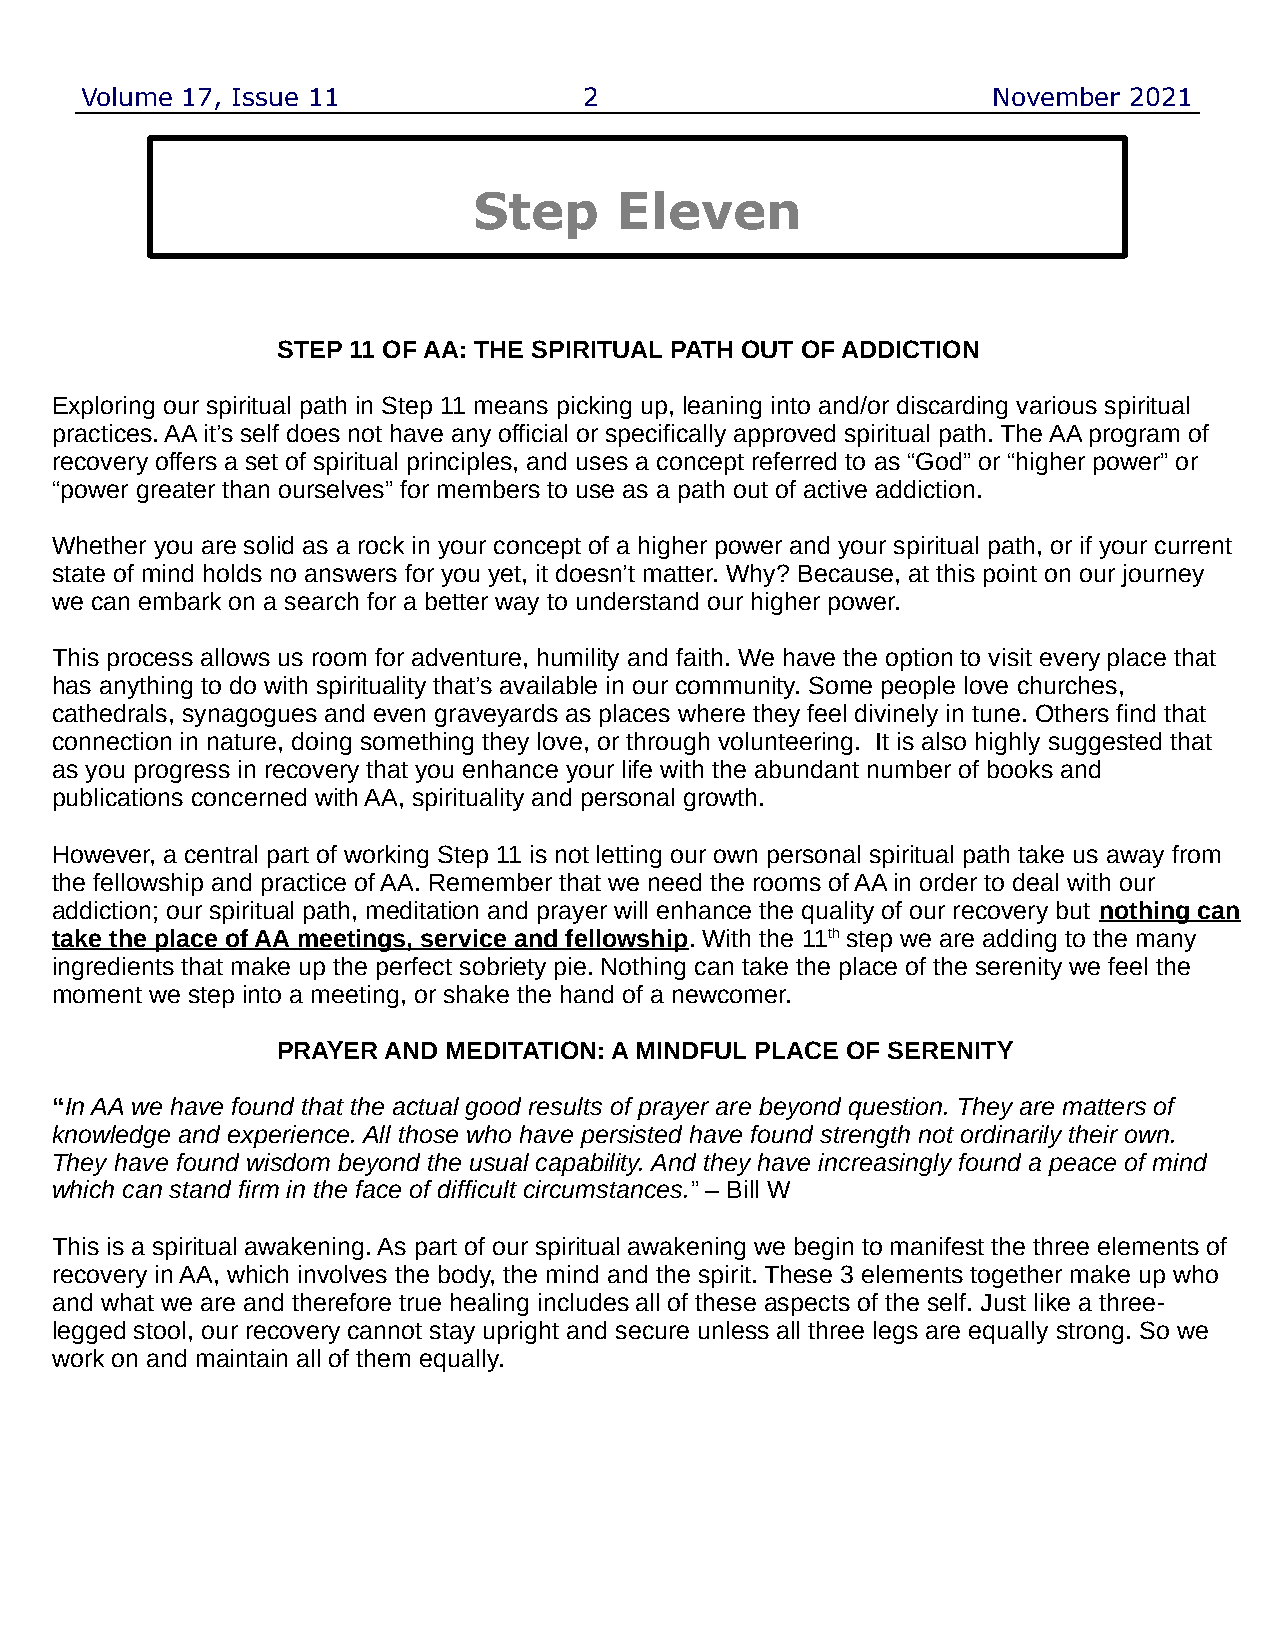
Volume 17, Issue 11               2                          November 2021
 Step      Eleven
 STEP 11 OF AA: THE SPIRITUAL PATH OUT OF ADDICTION
 Exploring our spiritual path in Step 11 means picking up, leaning into and/or discarding various spiritual
 practices. AA it’s self does not have any official or specifically approved spiritual path. The AA program of
 recovery offers a set of spiritual principles, and uses a concept referred to as “God” or “higher power” or
 “power greater than ourselves” for members to use as a path out of active addiction.
 Whether you are solid as a rock in your concept of a higher power and your spiritual path, or if your current
 state of mind holds no answers for you yet, it doesn’t matter. Why? Because, at this point on our journey
 we can embark on a search for a better way to understand our higher power.
 This process allows us room for adventure, humility and faith. We have the option to visit every place that
 has anything to do with spirituality that’s available in our community. Some people love churches,
 cathedrals, synagogues and even graveyards as places where they feel divinely in tune. Others find that
 connection in nature, doing something they love, or through volunteering. It is also highly suggested that
 as you progress in recovery that you enhance your life with the abundant number of books and
 publications concerned with AA, spirituality and personal growth.
 However, a central part of working Step 11 is not letting our own personal spiritual path take us away from
 the fellowship and practice of AA. Remember that we need the rooms of AA in order to deal with our
 addiction; our spiritual path, meditation and prayer will enhance the quality of our recovery but nothing can
 take the place of AA meetings, service and fellowship. With the 11th step we are adding to the many
 ingredients that make up the perfect sobriety pie. Nothing can take the place of the serenity we feel the
 moment we step into a meeting, or shake the hand of a newcomer.
 PRAYER AND  MEDITATION: A MINDFUL PLACE OF SERENITY
 “In AA we have found that the actual good results of prayer are beyond question. They are matters of
 knowledge and experience. All those who have persisted have found strength not ordinarily their own.
 They have found wisdom beyond the usual capability. And they have increasingly found a peace of mind
 which can stand firm in the face of difficult circumstances.” – Bill W
 This is a spiritual awakening. As part of our spiritual awakening we begin to manifest the three elements of
 recovery in AA, which involves the body, the mind and the spirit. These 3 elements together make up who
 and what we are and therefore true healing includes all of these aspects of the self. Just like a three-
 legged stool, our recovery cannot stay upright and secure unless all three legs are equally strong. So we
 work on and maintain all of them equally.